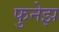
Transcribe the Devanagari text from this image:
फुनेझ